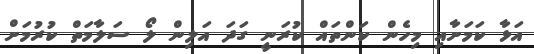
އަޅާ ކަމަށާއި މިހެން ކަންތައް ކުރަނީ ގަދަ އަލިން ލޯ ސަލާމަތް ކުރުމަށް